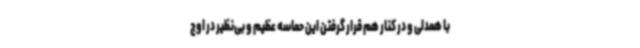
با همدلی و در کنار هم قرار گرفتن این حماسه عظیم و بی‌نظیر در اوج